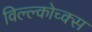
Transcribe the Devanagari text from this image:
विल्ल्कोच्क्स